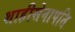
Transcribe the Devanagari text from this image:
शाहीसेनापति